Scottish Certificate of Education, 1963
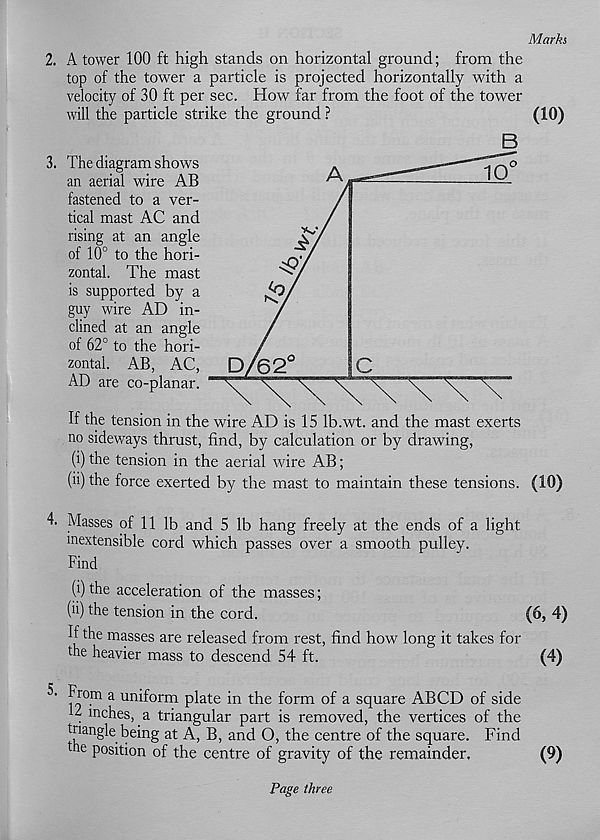
Marks,
2. A tower 100 ft high stands on horizontal ground; from the
top of the tower a particle is projected horizontally with a
velocity of 30 ft per sec. How far from the foot of the tower
will the particle strike the ground ?
(10)
3. The diagram shows
an aerial wire AB
fastened to a ver-
tical mast AC and
rising at an angle
of 10° to the hori-
zontal. The mast
is supported by a
guy wire AD in-
clined at an angle
of 62° to the hori-
zontal. AB, AC,
AD are co-planar.
If the tension in the wire AD is 15 Ib.wt. and the mast exerts
no sideways thrust, find, by calculation or by drawing,
(i) the tension in the aerial wire AB;
(ii) the force exerted by the mast to maintain these tensions. (10)
4. Masses of 11 lb and 5 lb hang freely at the ends of a light
inextensible cord which passes over a smooth pulley.
Find
(i) the acceleration of the masses;
(ii) the tension in the cord.
(6, 4)
If the masses are released from rest, find how long it takes for
the heavier mass to descend 54 ft.
(4)
5. From a uniform plate in the form of a square ABCD of side
. mc hes, a triangular part is removed, the vertices of the
triangle being at A, B, and O, the centre of the square. Find
the position of the centre of gravity of the remainder.
(9)
Page three